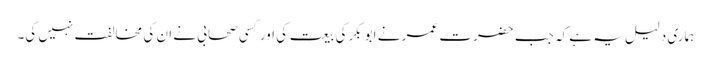
ہماری دلیل یہ ہے کہ جب حضرت عمر نے ابو بکرکی بیعت کی اور کسی صحابی نے ان کی مخالفت نہیں کی۔